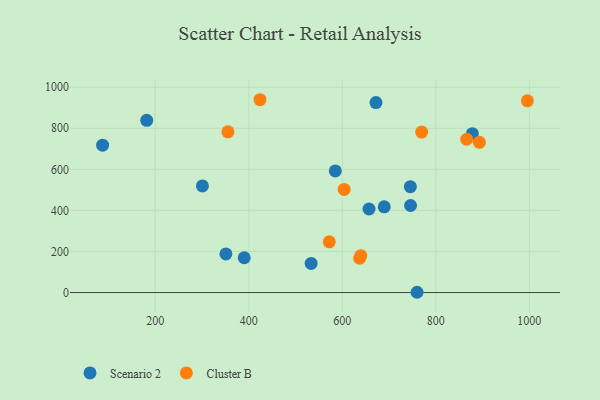
{"axis": {"x": "Price", "y": "Profit"}, "legend": ["Cluster B", "Scenario 2"], "data": [{"x": "745.6", "y": 515.4, "type": "Scenario 2"}, {"x": "689.7", "y": 417.5, "type": "Scenario 2"}, {"x": "746.0", "y": 423.9, "type": "Scenario 2"}, {"x": "533.4", "y": 142.1, "type": "Scenario 2"}, {"x": "657.2", "y": 407.0, "type": "Scenario 2"}, {"x": "759.9", "y": 1.4, "type": "Scenario 2"}, {"x": "585.1", "y": 592.3, "type": "Scenario 2"}, {"x": "300.9", "y": 519.1, "type": "Scenario 2"}, {"x": "672.0", "y": 925.2, "type": "Scenario 2"}, {"x": "878.1", "y": 773.9, "type": "Scenario 2"}, {"x": "390.3", "y": 169.6, "type": "Scenario 2"}, {"x": "351.1", "y": 188.0, "type": "Scenario 2"}, {"x": "181.8", "y": 838.7, "type": "Scenario 2"}, {"x": "87.5", "y": 717.7, "type": "Scenario 2"}, {"x": "424.0", "y": 939.0, "type": "Cluster B"}, {"x": "995.8", "y": 933.7, "type": "Cluster B"}, {"x": "769.8", "y": 781.4, "type": "Cluster B"}, {"x": "893.2", "y": 731.7, "type": "Cluster B"}, {"x": "604.0", "y": 502.2, "type": "Cluster B"}, {"x": "637.2", "y": 167.2, "type": "Cluster B"}, {"x": "355.4", "y": 782.5, "type": "Cluster B"}, {"x": "866.1", "y": 746.5, "type": "Cluster B"}, {"x": "572.2", "y": 247.0, "type": "Cluster B"}, {"x": "639.5", "y": 179.8, "type": "Cluster B"}]}